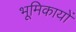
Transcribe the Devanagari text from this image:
भूमिकायों